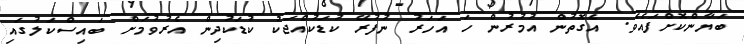
ބަޔާންކޮށްފައެވެ. އެގޮތުން އުމުރުން ހަ އަހަރު ނުފުރޭ ކުޑަކުއްޖަކު ކުޑަކުދިން އެރުވުމަށް ބައިސްކަލުގައި